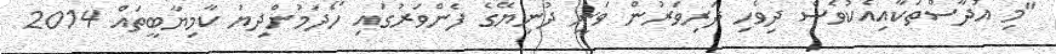
"މި އުދާސްތަކާއިއެކުވެސް ދިވެހި ދަރިވަރުން ވަނީ ދުނިޔޭގެ ފެންވަރުގައި ހޯދަމުންދިޔަ ކާމިޔާބީތައް 2014